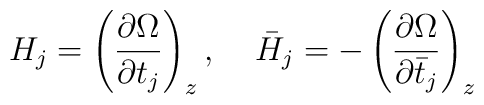
H_j=\left(\frac{\partial \Omega}{\partial t_j}\right )_{z},\;\;\;\;\bar H_j=-\left(\frac{\partial \Omega}{\partial \bar t_j}\right )_{z}